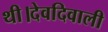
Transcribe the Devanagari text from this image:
थी।देवदिवाली